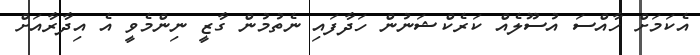
އެކަމަށް ހާއްސަ އުސޫލެއް ކަރެކްޝަނުން ހަދާފައި ނެތުމުން ގާޒީ ނިންމެވީ އެ އިދާރާއަށް